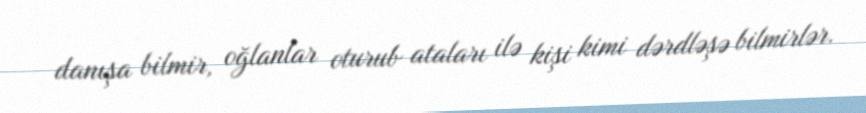
danışa bilmir, oğlanlar oturub ataları ilə kişi kimi dərdləşə bilmirlər.